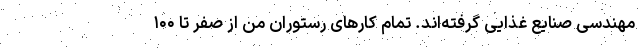
مهندسی صنایع غذایی گرفته‌اند. تمام کارهای رستوران من از صفر تا ۱۰۰